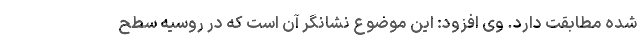
شده مطابقت دارد. وی افزود: این موضوع نشانگر آن است که در روسیه سطح